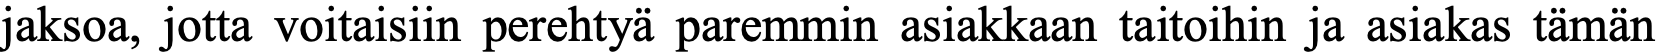
jaksoa, jotta voitaisiin perehtyä paremmin asiakkaan taitoihin ja asiakas tämän